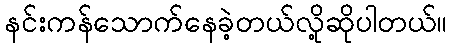
နင်းကန်သောက်နေခဲ့တယ်လို့ဆိုပါတယ်။